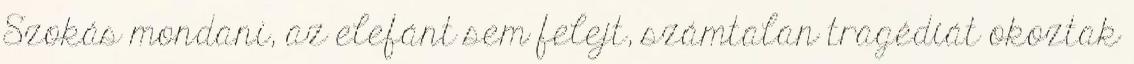
Szokás mondani, az elefánt sem felejt, számtalan tragédiát okoztak